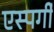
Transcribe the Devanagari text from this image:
एस्पर्गी